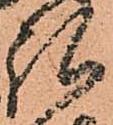
弘